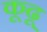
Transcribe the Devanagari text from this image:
कूढू